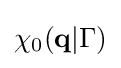
\chi _{0}(\mathbf {q} |\Gamma )